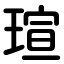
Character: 瑄